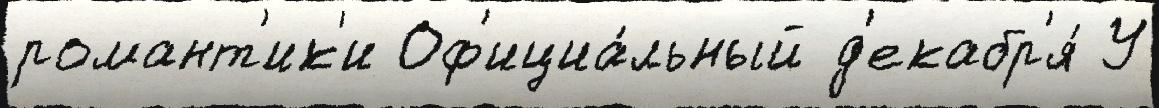
романт'ик'и Оф'ициа́льный д'екабр'я́ У